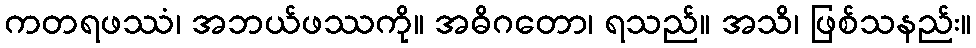
ကတရဖဿံ၊ အဘယ်ဖဿကို။ အဓိဂတော၊ ရသည်။ အသိ၊ ဖြစ်သနည်း။